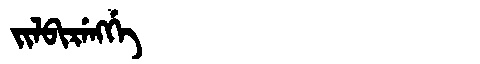
Manchu: ᠵᡳᠯᠪᡳᡵᡝᠩᡤᡝ
Romanization: JILBIRENGGE